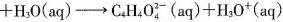
+ H _ { 3 } O ( a q ) \rightarrow C _ { 4 } H _ { 4 } O _ { 4 } ^ { 2 - } ( a q ) + H _ { 3 } 0 ^ { + } ( a q ) $$